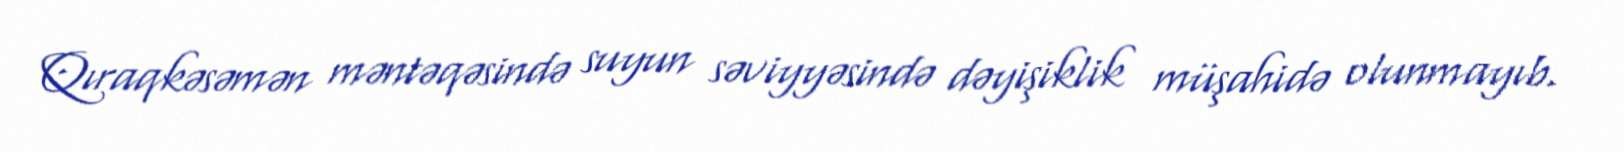
Qıraqkəsəmən məntəqəsində suyun səviyyəsində dəyişiklik müşahidə olunmayıb.